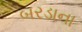
બરડાના